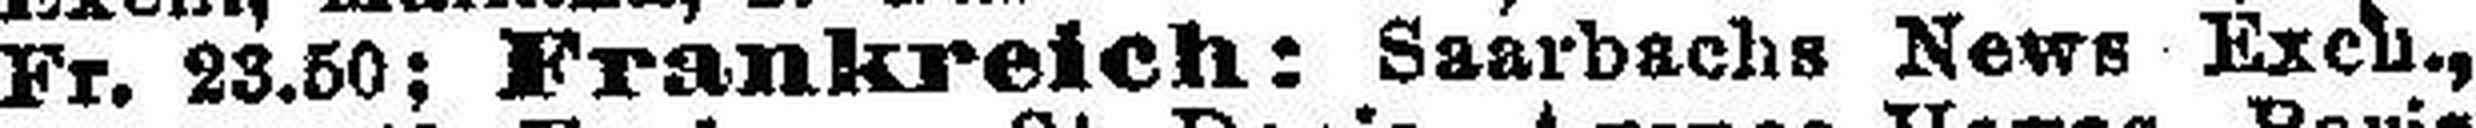
Fr. 23.50; Frankreich: Saarbuchs News Exch.,